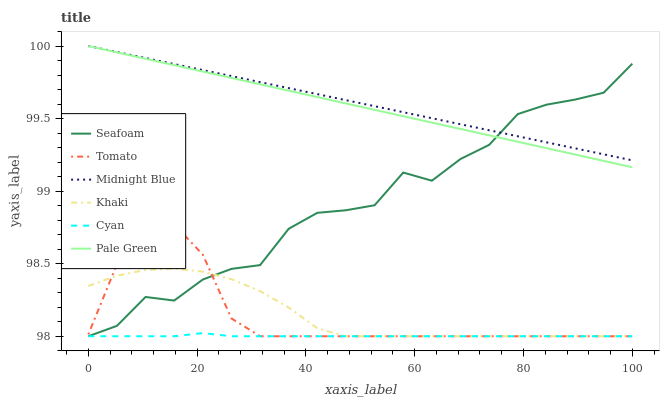
| xaxis_label | Seafoam | Tomato | Midnight Blue | Khaki | Cyan | Pale Green |
 | --- | --- | --- | --- | --- | --- | --- |
 | 0 | 98 | 98 | 100 | 98.3 | 98 | 100 |
 | 5.26 | 98.1 | 98.5 | 100 | 98.4 | 98 | 100 |
 | 10.5 | 98.3 | 98.7 | 99.9 | 98.5 | 98 | 99.9 |
 | 15.8 | 98.2 | 98.8 | 99.9 | 98.5 | 98 | 99.9 |
 | 21.1 | 98.4 | 98.6 | 99.8 | 98.4 | 98 | 99.8 |
 | 26.3 | 98.5 | 98.1 | 99.8 | 98.4 | 98 | 99.8 |
 | 31.6 | 98.5 | 98 | 99.8 | 98.3 | 98 | 99.7 |
 | 36.8 | 98.7 | 98 | 99.7 | 98.2 | 98 | 99.7 |
 | 42.1 | 98.9 | 98 | 99.7 | 98.1 | 98 | 99.6 |
 | 47.4 | 98.9 | 98 | 99.6 | 98 | 98 | 99.6 |
 | 52.6 | 98.9 | 98 | 99.6 | 98 | 98 | 99.6 |
 | 57.9 | 99.1 | 98 | 99.5 | 98 | 98 | 99.5 |
 | 63.2 | 99.1 | 98 | 99.5 | 98 | 98 | 99.5 |
 | 68.4 | 99.2 | 98 | 99.5 | 98 | 98 | 99.4 |
 | 73.7 | 99.3 | 98 | 99.4 | 98 | 98 | 99.4 |
 | 78.9 | 99.5 | 98 | 99.4 | 98 | 98 | 99.3 |
 | 84.2 | 99.6 | 98 | 99.3 | 98 | 98 | 99.3 |
 | 89.5 | 99.6 | 98 | 99.3 | 98 | 98 | 99.3 |
 | 94.7 | 99.7 | 98 | 99.3 | 98 | 98 | 99.2 |
 | 100 | 99.9 | 98 | 99.2 | 98 | 98 | 99.2 |